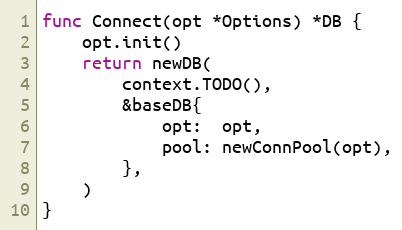
Language: Go
func Connect(opt *Options) *DB {
	opt.init()
	return newDB(
		context.TODO(),
		&baseDB{
			opt:  opt,
			pool: newConnPool(opt),
		},
	)
}